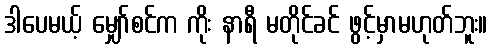
ဒါပေမယ့် မျှော်စင်က ကိုး နာရီ မတိုင်ခင် ဖွင့်မှာမဟုတ်ဘူး။